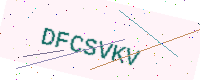
Text: DFCSVKV